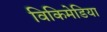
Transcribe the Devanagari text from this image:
विकिमेडिया